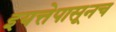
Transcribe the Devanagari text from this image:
इयत्तेपासूनच